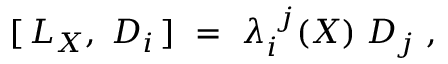
[ \, L _ { X } , \; D _ { i } \, ] \ = \ \lambda _ { i } ^ { \ j } ( X ) \; D _ { j } \ ,